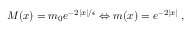
M ( x ) = m _ { 0 } e ^ { - 2 | x | / \epsilon } \Leftrightarrow m ( x ) = e ^ { - 2 | x | } \; ,